65_HS1-834228961_62-HQ-83894_Serial_438
Agency: FBI
Page 13
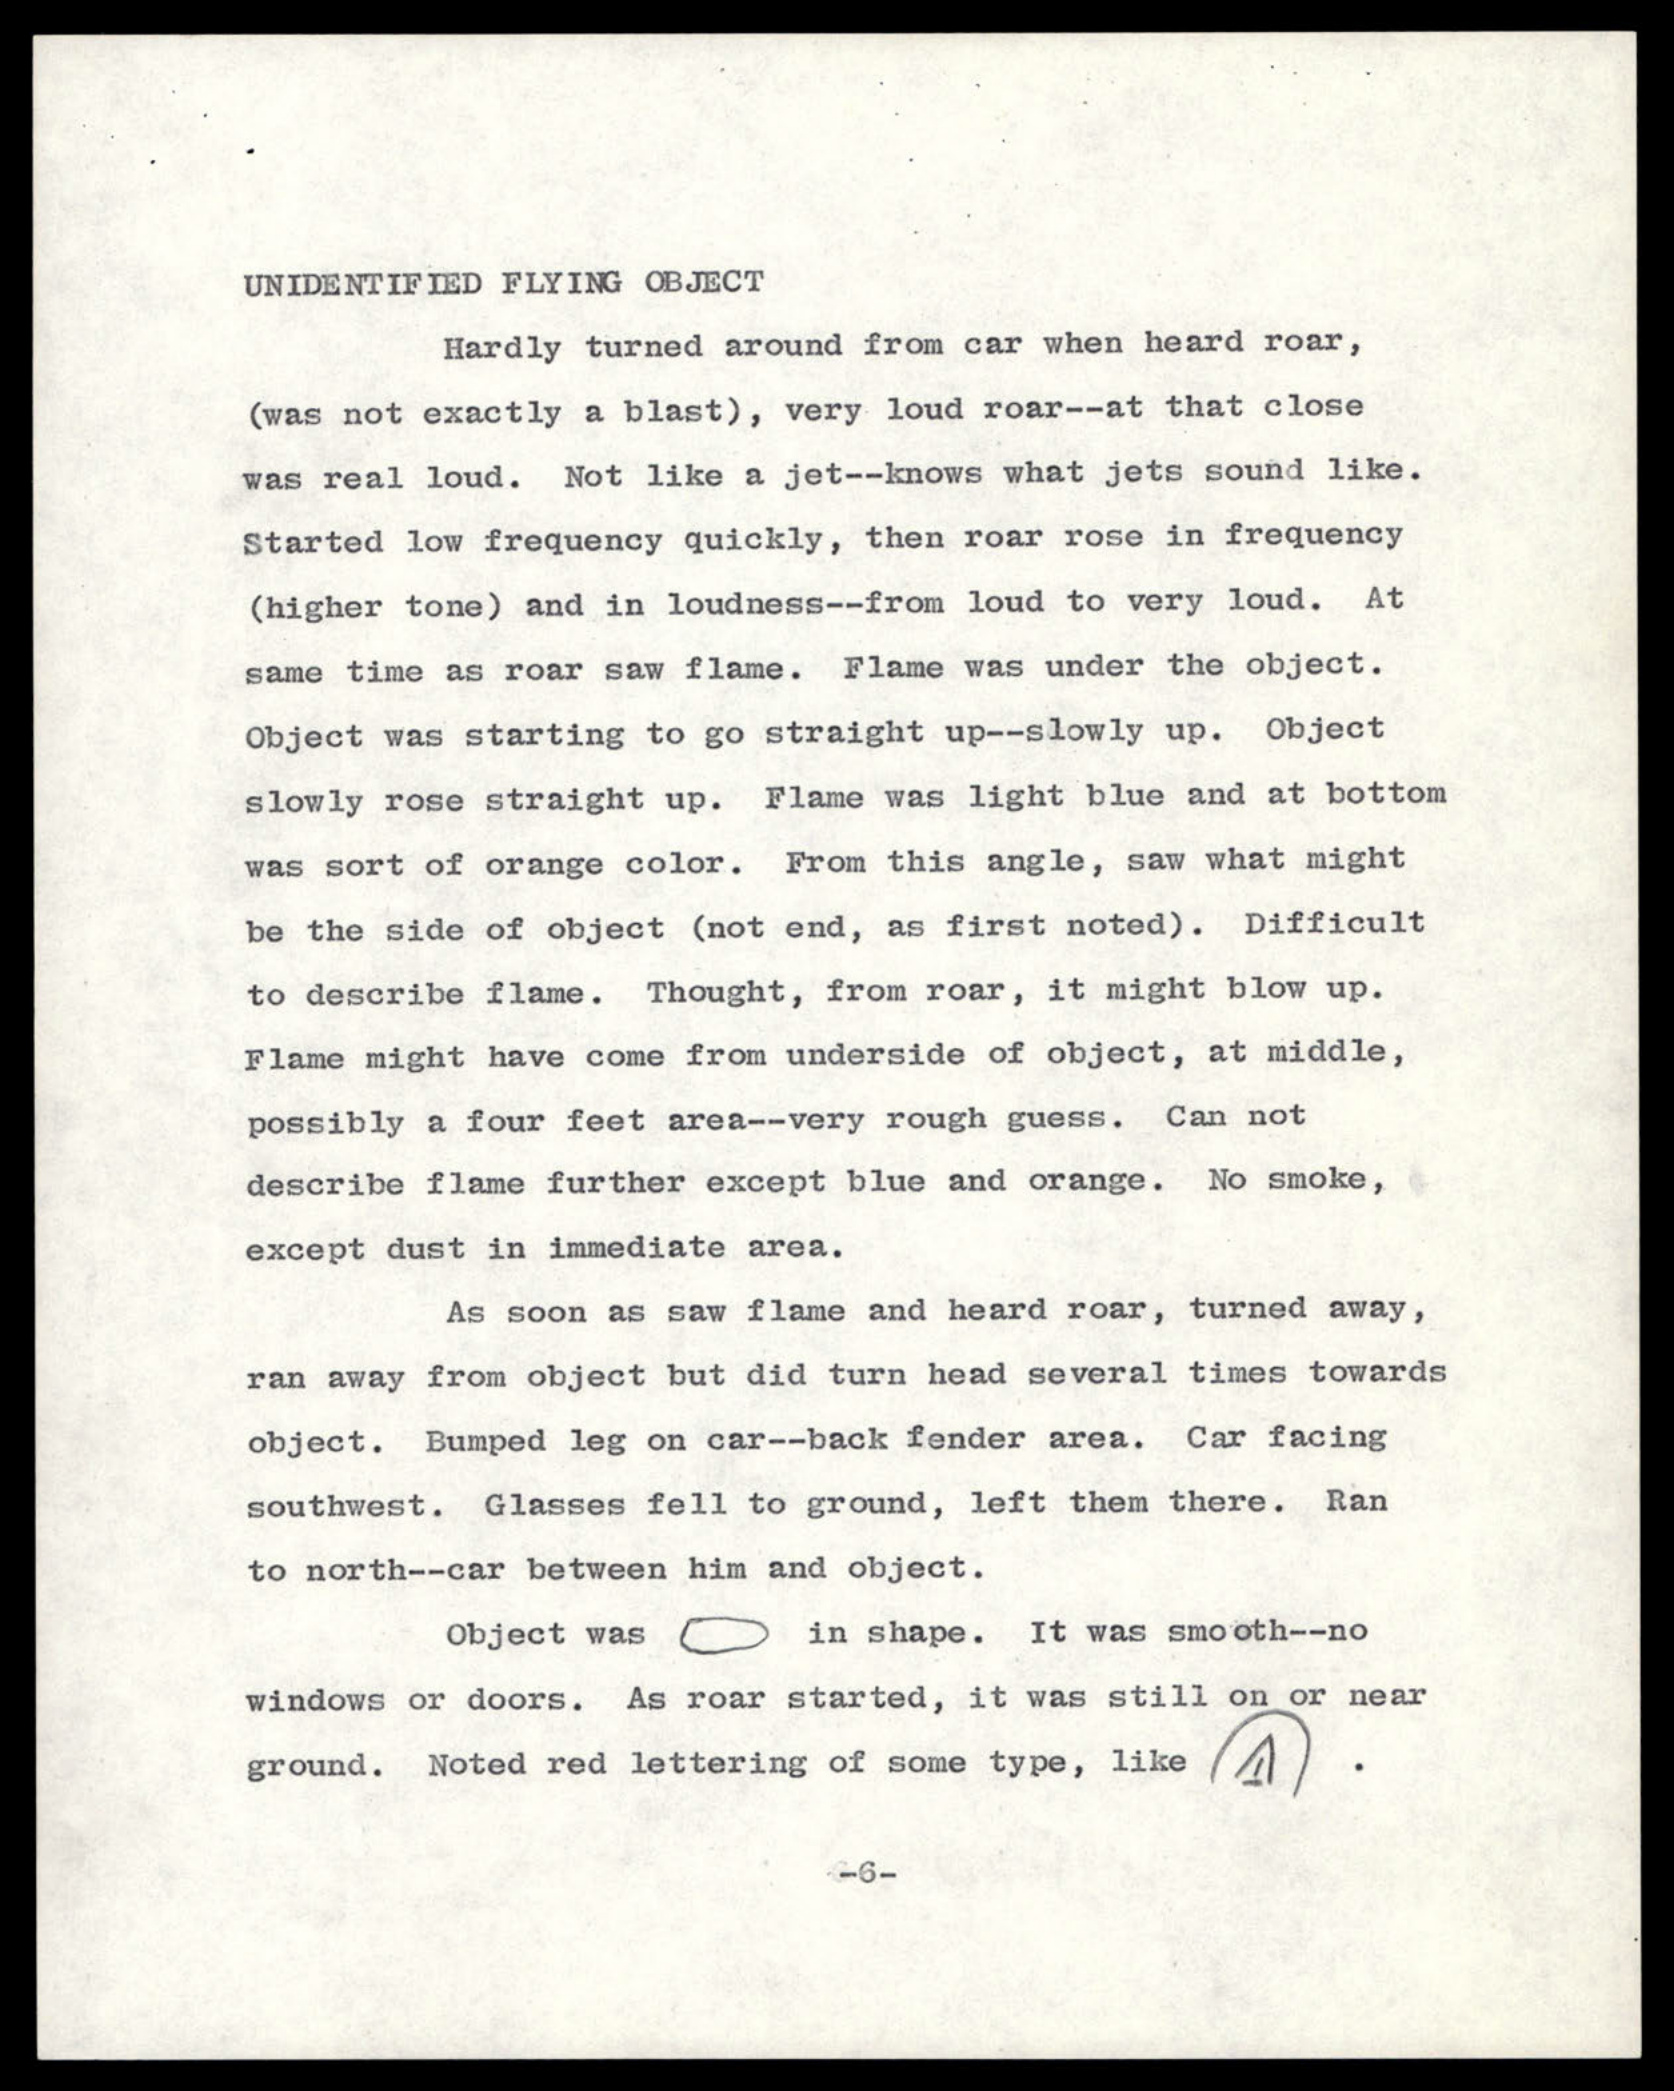